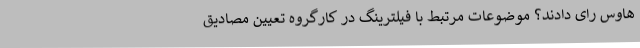
هاوس رای دادند؟ موضوعات مرتبط با فیلترینگ در کارگروه تعیین مصادیق